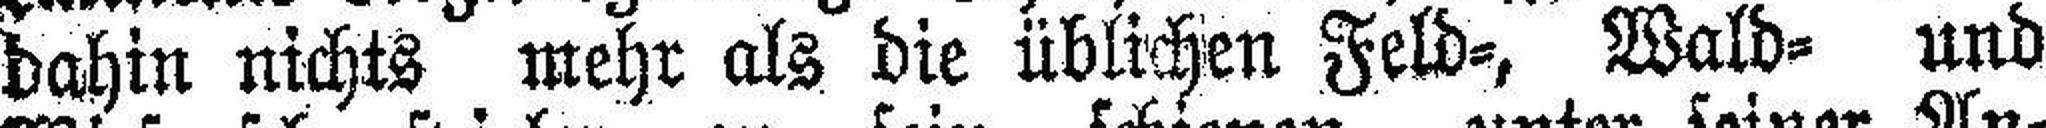
dahin nichts mehr als die üblichen Feld=, Wald= und